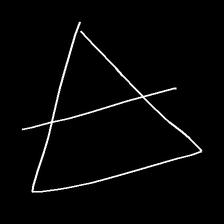
Glyph: empower